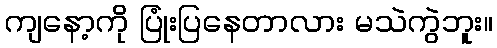
ကျနော့ကို ပြုံးပြနေတာလား မသဲကွဲဘူး။